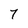
Character: 7